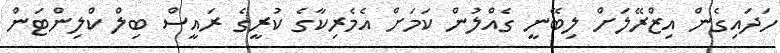
ހަދައިގެން އިޒްރޭލަށް ލިބޭނީ ގެއްލުން ކަމަށް އެމެރިކާގެ ކުރީގެ ރައީސް ބިލް ކްލިންޓަން